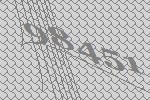
98451